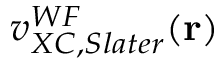
v _ { X C , S l a t e r } ^ { W F } ( \mathbf { r } )